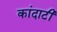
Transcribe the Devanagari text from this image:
कांदाटी